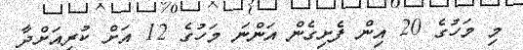
މި މަހުގެ 20 އިން ފެށިގެން އަންނަ މަހުގެ 12 އަށް ކުރިއަށްދާ